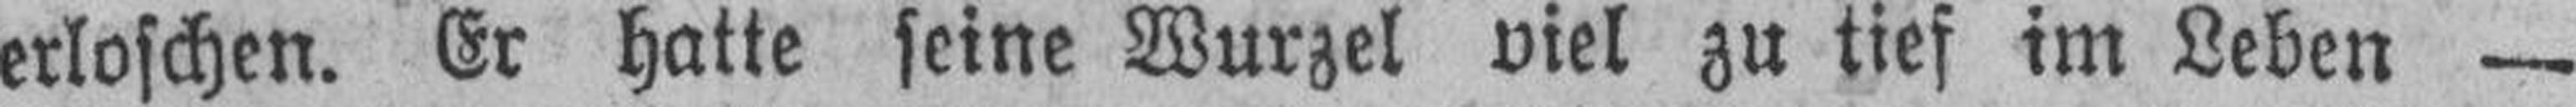
erloschen. Er hatte seine Wurzel viel zu tief im Leben —